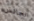
الجالس